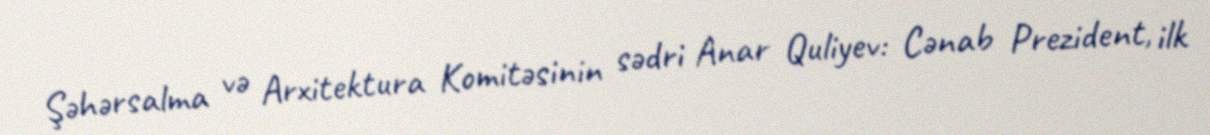
Şəhərsalma və Arxitektura Komitəsinin sədri Anar Quliyev: Cənab Prezident, ilk